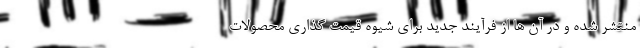
منتشر شده و در آن ها از فرآیند جدید برای شیوه قیمت گذاری محصولات